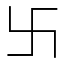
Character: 卐